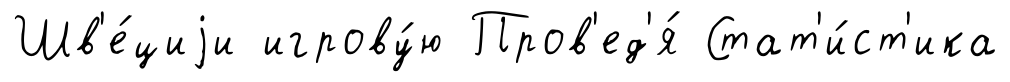
Шв'е́циjи игрову́ю Пров'ед'я́ Стат'и́ст'ика